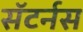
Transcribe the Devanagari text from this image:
सॅटर्नस